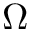
\Omega